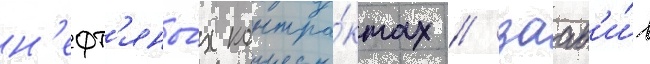
н'ефт'яны́х контра́ктах / заав'и́в